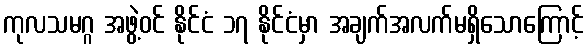
ကုလသမဂ္ဂ အဖွဲ့ဝင် နိုင်ငံ ၁၇ နိုင်ငံမှာ အချက်အလက်မရှိသောကြောင့်